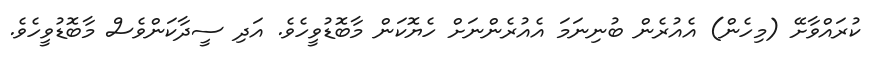
ކުރައްވާށޭ (މިހެން) އެއުރެން ބުނިނަމަ އެއުރެންނަށް ހެޔޮކަން މާބޮޑުވީހެވެ. އަދި ސީދާކަންވެސް މާބޮޑުވީހެވެ.